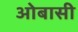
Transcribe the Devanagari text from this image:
ओबासी